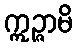
ဣဉ္ဇာမိ